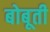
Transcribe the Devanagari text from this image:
बोबूती